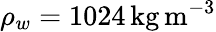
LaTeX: \rho_{w}=1024\, \mathrm{{kg\, m^{-3}}}